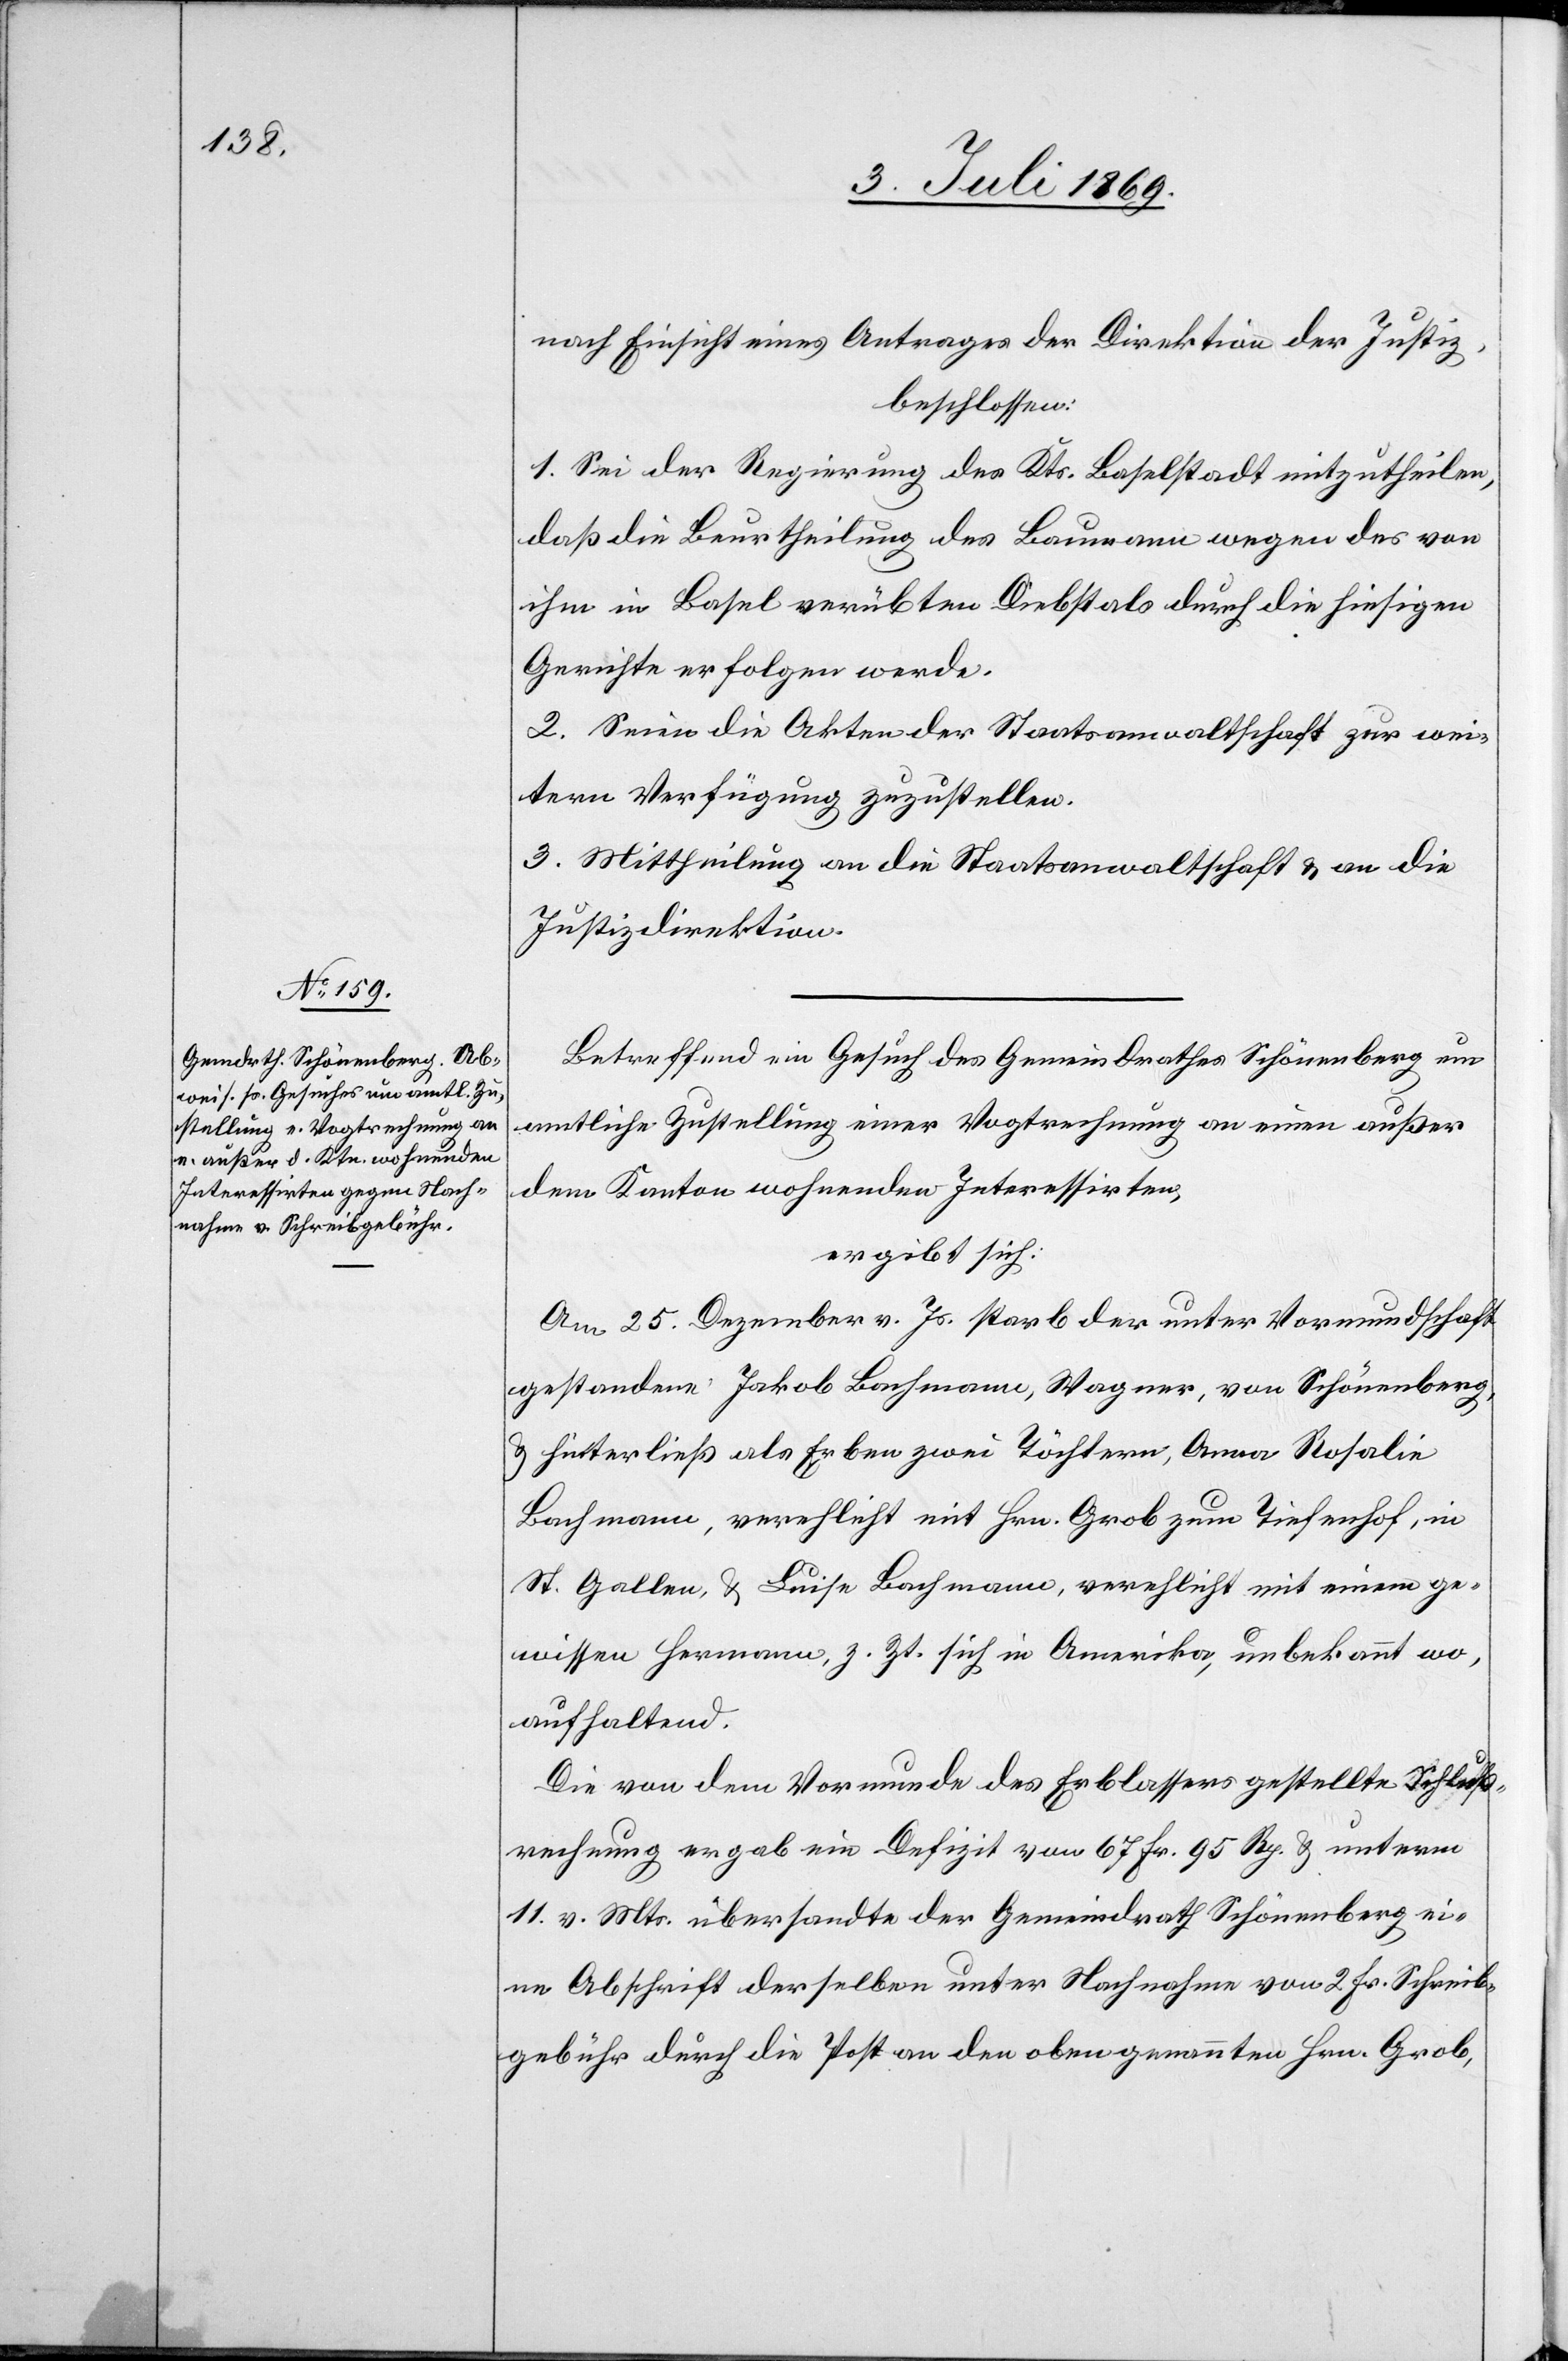
nach Einsicht eines Antrages der Direktion der Justiz,
beschlossen:
1. Sei der Regierung des Kts. Baselstadt mitzutheilen,
daß die Beurtheilung des Baumann wegen des von
ihm in Basel verübten Diebstals durch die hiesigen
Gerichte erfolgen werde.
2. Seien die Akten der Staatsanwaltschaft zur wei¬
tern Verfügung zuzustellen.
3. Mittheilung an die Staatsanwaltschaft u. an die
Justizdirektion.
Betreffend ein Gesuch des Gemeindrathes Schönenberg um
amtliche Zustellung einer Vogtrechnung an einen außer
dem Kanton wohnenden Interessirten,
ergibt sich:
Am 25 Dezember v. Js. starb der unter der Vormundschaft
gestandene: Jakob Bachmann, Wagner, von Schönenberg,
u. hinterließ als Erben zwei Töchtern, Anna Rosalie
Bachmann, verehlicht mit Hrn. Grob zum Tiefenhof, in
St. Gallen, u. Luise Bachmann, verehlicht mit einem ge¬
wissen Hermann, z. Zt. sich in Amerika, unbekannt wo,
aufhaltend.
Die von dem Vormunde des Erblassers gestellte Schluß¬
rechnung ergab ein Defizit von 67 Fr. 95 Rp. u. unterm
11 v. Mts. übersandte der Gemeindrath Schönenberg ei¬
ne Abschrift derselben unter Nachnahme von 2 Fr. Schreib¬
gebühr durch die Post an den obengenannten Hrn. Grob,